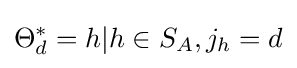
\Theta _{d}^{*}={h|h\in S_{A},j_{h}=d}